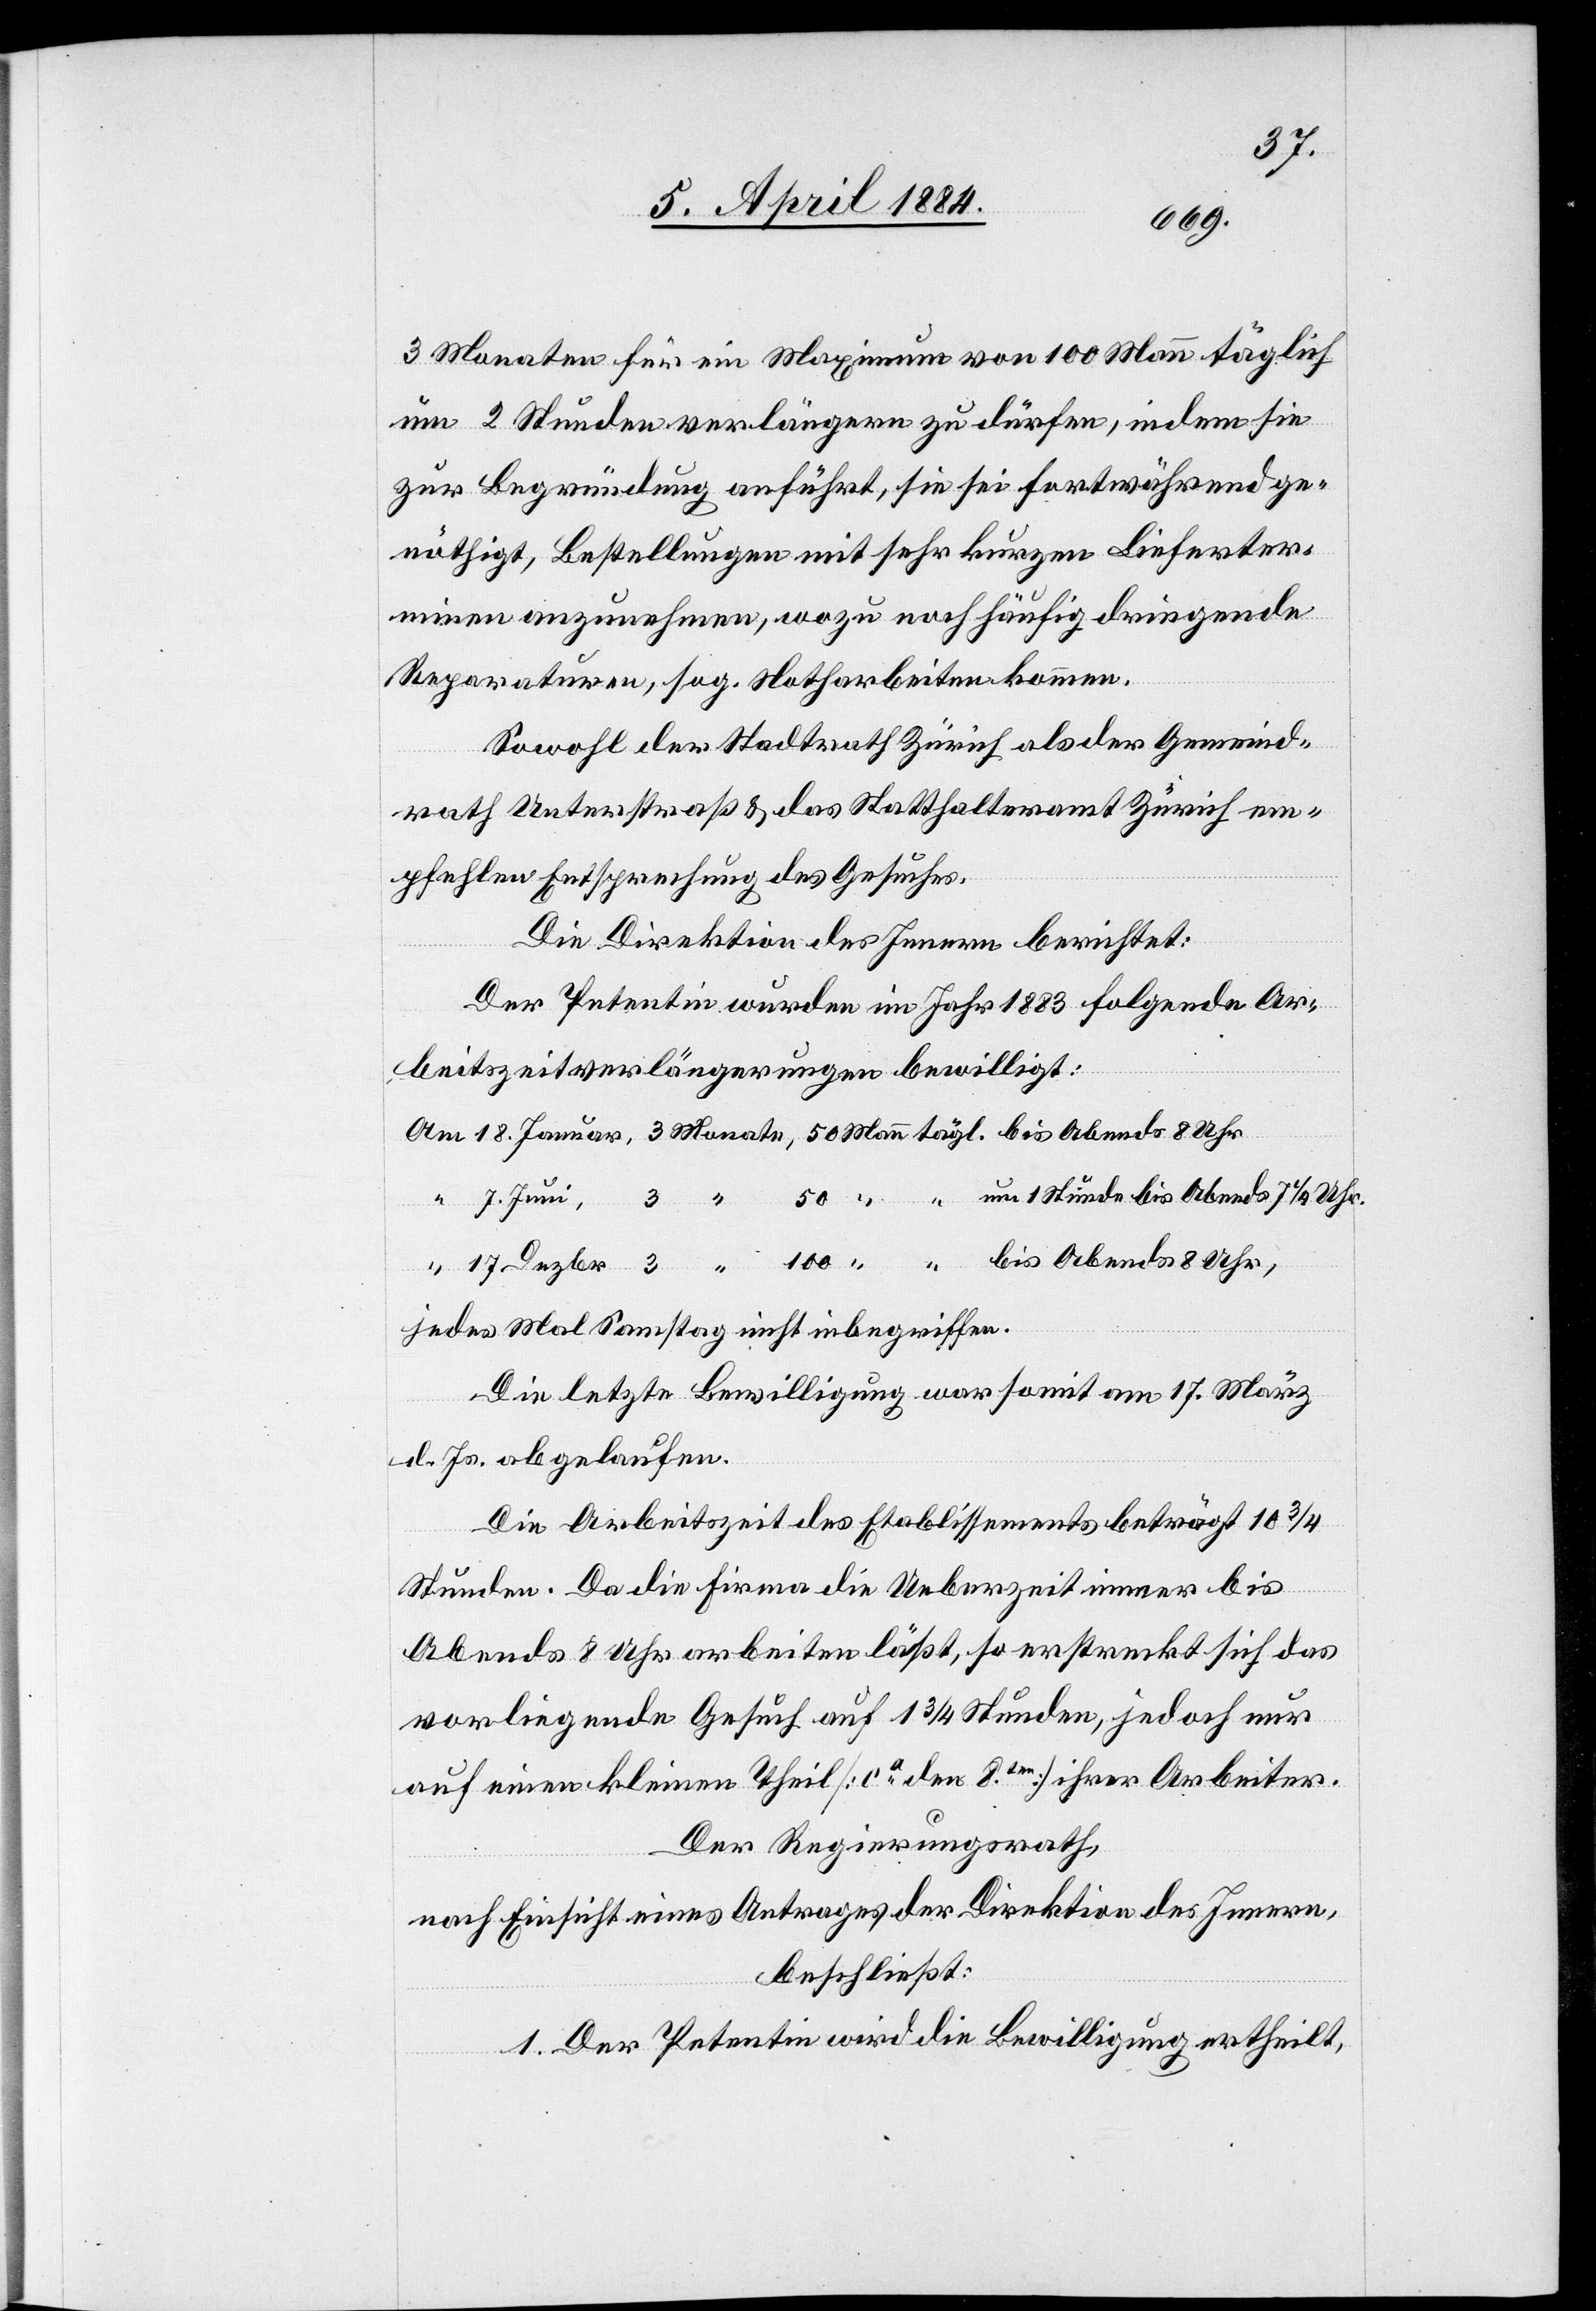
17.
3 Monaten für ein Maximum von 100 Mann täglich
um 2 Stunden verlängern zu dürfen, indem sie
zur Begründung anführt, sie sei fortwährend ge¬
nöthigt, Bestellungen mit sehr kurzen Lieferter¬
minen anzunehmen, wozu noch häufig dringende
Reparaturen, sog. Notharbeiten kommen.
Sowohl der Stadtrath Zürich als der Gemeind¬
Uhr,
rath Unterstraß & das Statthalteramt Zürich em¬
pfehlen Entsprechung des Gesuches.
Die Direktion des Innern berichtet:
Der Petentin wurden im Jahr 1883 folgende Ar¬
beitszeitverlängerungen bewilligt:
jedes Mal Samstag nicht inbegriffen.
Die letzte Bewilligung war somit am 17. März
d. Js. abgelaufen.
Die Arbeitszeit des Etablissement beträgt 10 3/4
Stunden. Da die Firma die Ueberzeit immer bis
Abends 8 Uhr arbeiten läßt, so erstreckt sich das
vorliegende Gesuch auf 1 3/4 Stunden, jedoch nur
auf einen kleinen Theil [ca den 8ten] ihrer Arbeiter.
Der Regierungsrath,
nach Einsicht eines Antrages der Direktion des Innern,
beschließt:
1. Der Petentin wird die Bewilligung ertheilt,